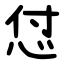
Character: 怤